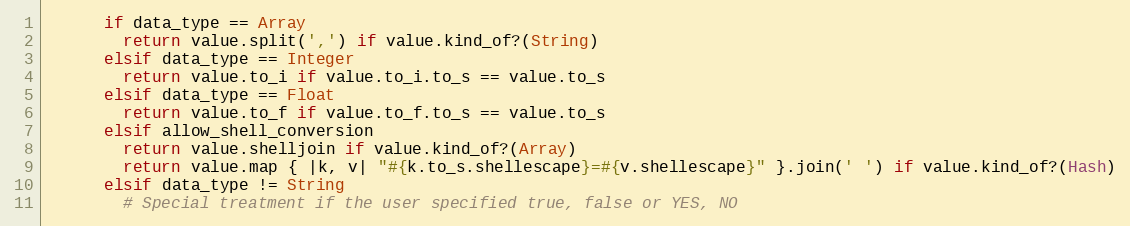
Language: Ruby
      if data_type == Array
        return value.split(',') if value.kind_of?(String)
      elsif data_type == Integer
        return value.to_i if value.to_i.to_s == value.to_s
      elsif data_type == Float
        return value.to_f if value.to_f.to_s == value.to_s
      elsif allow_shell_conversion
        return value.shelljoin if value.kind_of?(Array)
        return value.map { |k, v| "#{k.to_s.shellescape}=#{v.shellescape}" }.join(' ') if value.kind_of?(Hash)
      elsif data_type != String
        # Special treatment if the user specified true, false or YES, NO